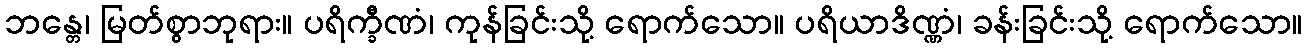
ဘန္တေ၊ မြတ်စွာဘုရား။ ပရိက္ခီဏံ၊ ကုန်ခြင်းသို့ ရောက်သော။ ပရိယာဒိဏ္ဏံ၊ ခန်းခြင်းသို့ ရောက်သော။